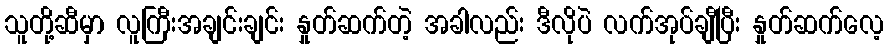
သူတို့ဆီမှာ လူကြီးအချင်းချင်း နှုတ်ဆက်တဲ့ အခါလည်း ဒီလိုပဲ လက်အုပ်ချီပြီး နှုတ်ဆက်လေ့